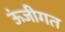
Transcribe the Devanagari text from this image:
ऊंजीगत